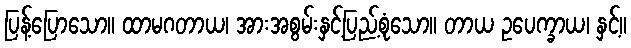
ပြန့်ပြောသော။ ထာမဂတာယ၊ အားအစွမ်းနှင့်ပြည့်စုံသော။ တာယ ဥပေက္ခာယ၊ နှင့်။